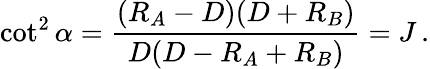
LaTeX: \cot^{2}\alpha={\frac{(R_{A}-D)(D+R_{B})}{D(D-R_{A}+R_{B})}}=J\, .